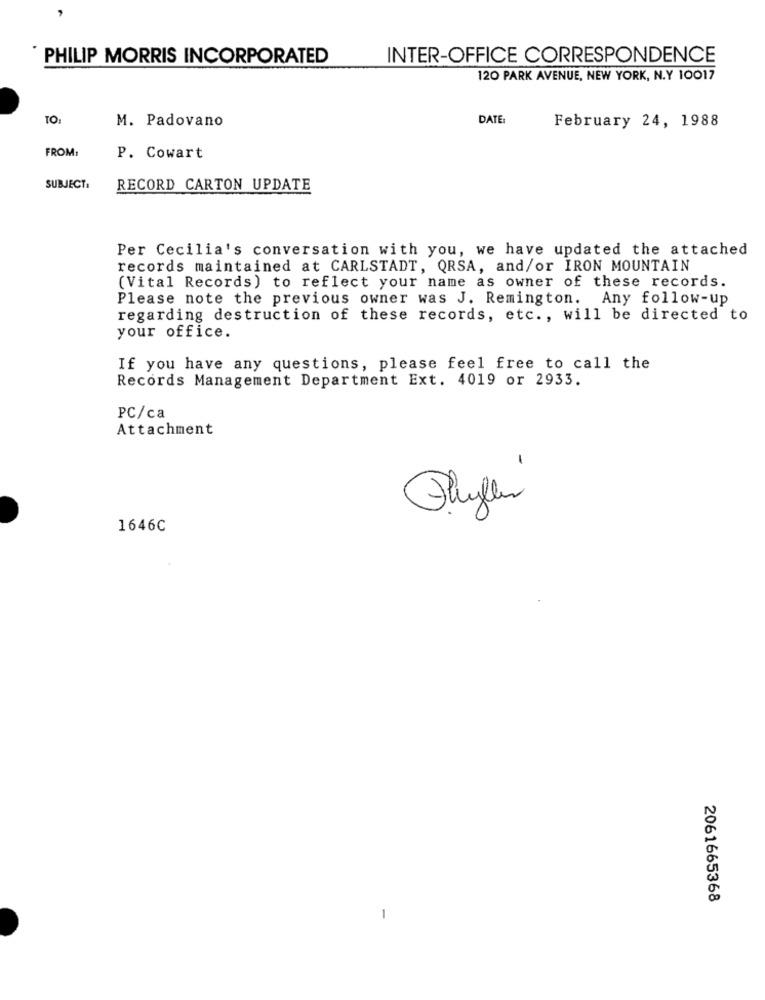
` PHILIP MORRIS INCORPORATED
INTER-OFFICE CORRESPONDENCE
120 PARK AVENUE, NEW YORK, N.Y 10017
TO1
M. Padovano
DATE:
February 24, 1988
FROM:
P. Cowart
SUBJECT:
RECORD CARTON UPDATE
Per Cecilia's conversation with you, we have updated the attached
records maintained at CARLSTADT, QRSA, and/or IRON MOUNTAIN
(Vital Records) to reflect your name as owner of these records.
Please note the previous owner was J. Remington. Any follow-up
regarding destruction of these records, etc ., will be directed to
your office.
If you have any questions, please feel free to call the
Records Management Department Ext. 4019 or 2933.
PC/ca
Attachment
-
Phyllin
1646C
2061665368
-